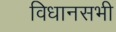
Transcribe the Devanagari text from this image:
विधानसभी